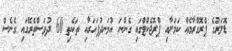
ޑޮލަރުގެ ޕްރޮގްރާމެއް ކަމަށާއި ޕްރޮޖެކްޓްގައި ގެންނަ އުޅަނދުފަހަރާއި ތަކެތި 60 ދުވަސްތެރޭގައި ގެނެސް